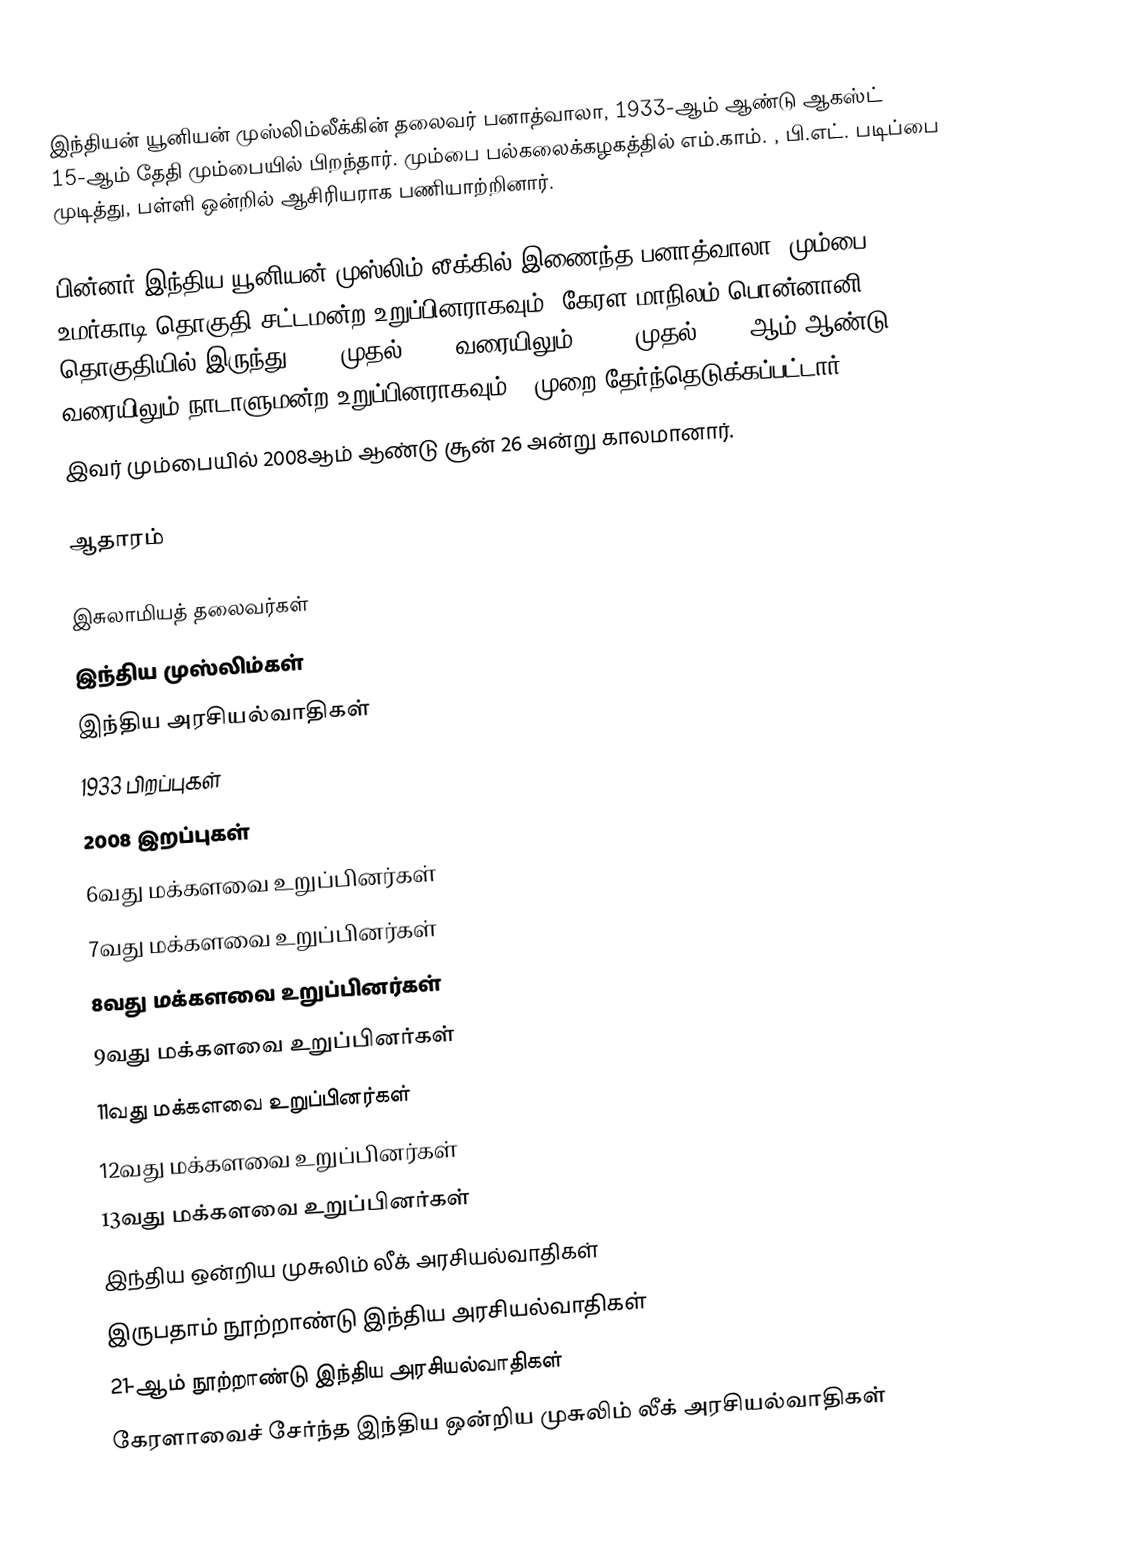
இந்தியன் யூனியன் முஸ்லிம்லீக்கின் தலைவர் பனாத்வாலா, 1933-ஆம் ஆண்டு ஆகஸ்ட் 15-ஆம் தேதி மும்பையில் பிறந்தார். மும்பை பல்கலைக்கழகத்தில் எம்.காம். , பி.எட். படிப்பை முடித்து, பள்ளி ஒன்றில் ஆசிரியராக பணியாற்றினார்.

பின்னர் இந்திய யூனியன் முஸ்லிம் லீக்கில் இணைந்த பனாத்வாலா, மும்பை உமர்காடி தொகுதி சட்டமன்ற உறுப்பினராகவும், கேரள மாநிலம் பொன்னானி தொகுதியில் இருந்து 1971 முதல் 1991 வரையிலும், 1996 முதல் 2004 ஆம் ஆண்டு வரையிலும் நாடாளுமன்ற உறுப்பினராகவும் 7 முறை தேர்ந்தெடுக்கப்பட்டார்.
இவர்  மும்பையில் 2008ஆம் ஆண்டு சூன் 26   அன்று காலமானார்.

ஆதாரம்

இசுலாமியத் தலைவர்கள்
இந்திய முஸ்லிம்கள்
இந்திய அரசியல்வாதிகள்
1933 பிறப்புகள்
2008 இறப்புகள்
6வது மக்களவை உறுப்பினர்கள்
7வது மக்களவை உறுப்பினர்கள்
8வது மக்களவை உறுப்பினர்கள்
9வது மக்களவை உறுப்பினர்கள்
11வது மக்களவை உறுப்பினர்கள்
12வது மக்களவை உறுப்பினர்கள்
13வது மக்களவை உறுப்பினர்கள்
இந்திய ஒன்றிய முசுலிம் லீக் அரசியல்வாதிகள்
இருபதாம் நூற்றாண்டு இந்திய அரசியல்வாதிகள்
21-ஆம் நூற்றாண்டு இந்திய அரசியல்வாதிகள்
கேரளாவைச் சேர்ந்த இந்திய ஒன்றிய முசுலிம் லீக் அரசியல்வாதிகள்